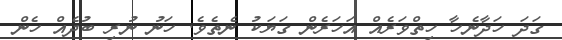
ގަދަ ހަދާނެހާ ހިތްވަރެއް އަހަރެން ގަޔަކު ނެތެވެ. ހަނު ނުރި ބުދެއް ހެން